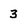
Character: 3